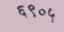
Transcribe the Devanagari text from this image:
६९०५